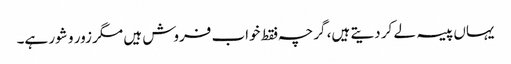
یہاں پیسہ لے کر دیتے ہیں، گرچہ فقط خواب فروش ہیں مگر زور و شور ہے۔